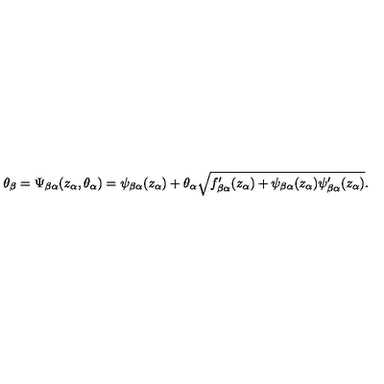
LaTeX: \theta _ { \beta } = \Psi _ { \beta \alpha } ( z _ { \alpha } , \theta _ { \alpha } ) = \psi _ { \beta \alpha } ( z _ { \alpha } ) + \theta _ { \alpha } \sqrt { f _ { \beta \alpha } ^ { \prime } ( z _ { \alpha } ) + \psi _ { \beta \alpha } ( z _ { \alpha } ) \psi _ { \beta \alpha } ^ { \prime } ( z _ { \alpha } ) } .